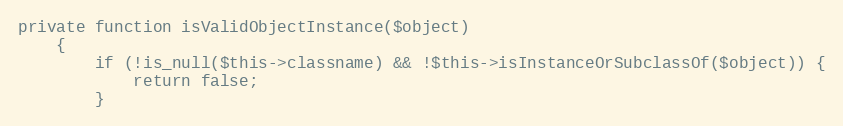
Language: PHP
private function isValidObjectInstance($object)
    {
        if (!is_null($this->classname) && !$this->isInstanceOrSubclassOf($object)) {
            return false;
        }